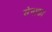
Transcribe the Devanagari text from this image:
सेनाका